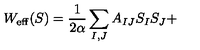
W _ { \mathrm { { e f f } } } ( S ) = \frac { 1 } { 2 \alpha } \sum _ { I , J } A _ { I J } S _ { I } S _ { J } +